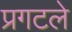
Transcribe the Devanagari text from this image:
प्रगटले